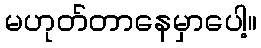
မဟုတ်တာနေမှာပေါ့။